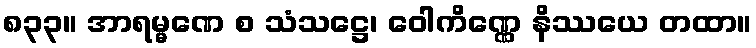
၈၃၃။ အာရမ္မဏေ စ သံသဋ္ဌေ၊ ဝေါကိဏ္ဏေ နိဿယေ တထာ။